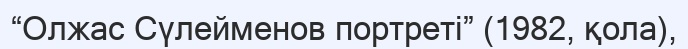
“Олжас Сүлейменов портреті” (1982, қола),